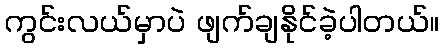
ကွင်းလယ်မှာပဲ ဖျက်ချနိုင်ခဲ့ပါတယ်။